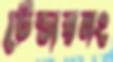
টেন্ডারনং